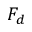
F _ { d }